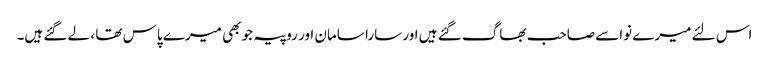
اس لئے میرے نواسے صاحب بھاگ گئے ہیں اور سارا سامان اور روپیہ جو بھی میرے پاس تھا ، لے گئے ہیں۔